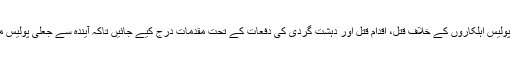
صائب ہوگا واقعہ میں ملوث پولیس اہلکاروں کے خلاف قتل، اقدام قتل اور دہشت گردی کی دفعات کے تحت مقدمات درج کیے جائیں تاکہ آیندہ سے جعلی پولیس مقابلوں کا سلسلہ ختم ہوسکے۔